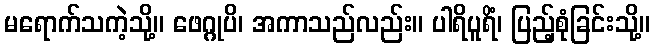
မရောက်သကဲ့သို့။ ဖေဂ္ဂုပိ၊ အကာသည်လည်း။ ပါရိပူရိံ၊ ပြည့်စုံခြင်းသို့။